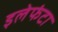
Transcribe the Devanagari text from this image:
इलेफंटा